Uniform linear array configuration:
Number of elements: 24
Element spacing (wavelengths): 0.75
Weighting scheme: cosine
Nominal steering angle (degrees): -30
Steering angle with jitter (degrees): -28.1
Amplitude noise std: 0.05
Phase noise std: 0.05

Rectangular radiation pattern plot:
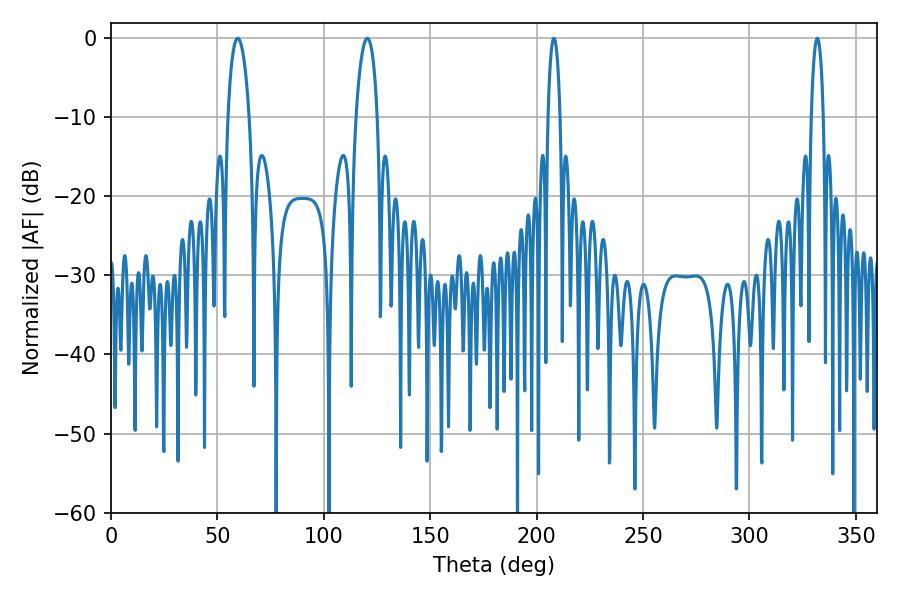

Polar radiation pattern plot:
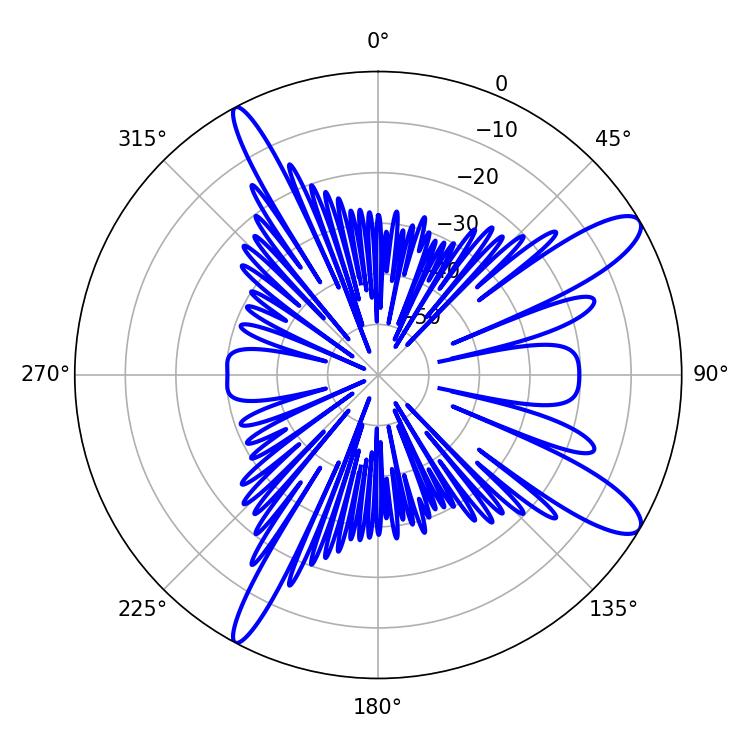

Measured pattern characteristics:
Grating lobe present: TRUE
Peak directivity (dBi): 11.793
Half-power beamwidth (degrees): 5.58
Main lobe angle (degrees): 59.58